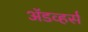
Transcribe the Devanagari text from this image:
अॅडव्हर्स